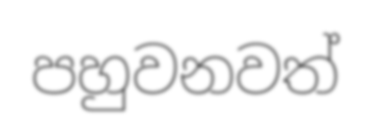
පහුවනවත්